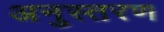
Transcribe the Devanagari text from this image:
अनुस्तरण